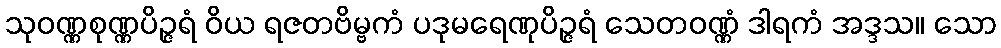
သုဝဏ္ဏစုဏ္ဏပိဉ္ဇရံ ဝိယ ရဇတဗိမ္ဗကံ ပဒုမရေဏုပိဉ္ဇရံ သေတဝဏ္ဏံ ဒါရကံ အဒ္ဒသ။ သော